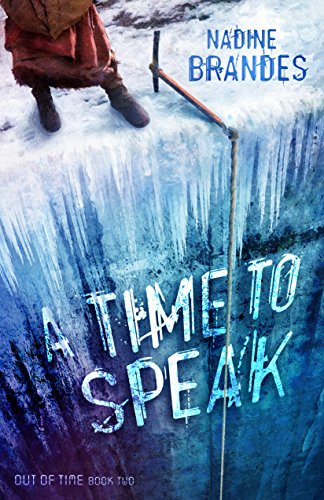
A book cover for A Time To Speak (Out Of Time Series Book 2); Nadine Brandes; Science Fiction & Fantasy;